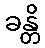
ခန္တိ